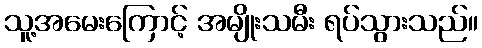
သူ့အမေးကြောင့် အမျိုးသမီး ရပ်သွားသည်။